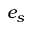
e _ { s }